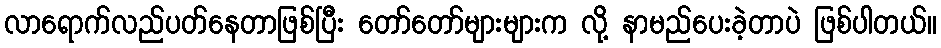
လာရောက်လည်ပတ်နေတာဖြစ်ပြီး တော်တော်များများက လို့ နာမည်ပေးခဲ့တာပဲ ဖြစ်ပါတယ်။